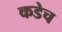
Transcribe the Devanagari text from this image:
कडेच